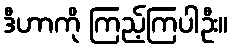
ဒီဟာကို ကြည့်ကြပါဦး။